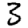
Digit: 3